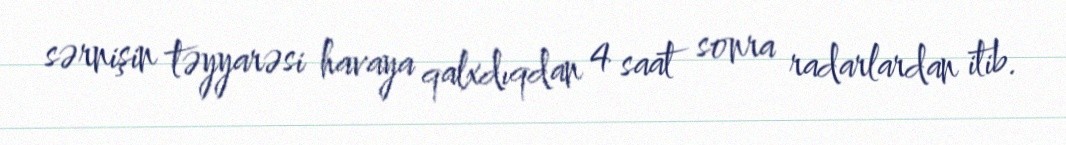
sərnişin təyyarəsi havaya qalxdıqdan 4 saat sonra radarlardan itib.